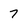
Character: 7